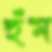
হুঁম